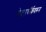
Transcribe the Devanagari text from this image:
वेस्टरबॉर्कवरून